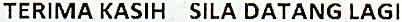
TERIMA KASIH SILA DATANG LAGI